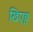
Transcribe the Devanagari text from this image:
खिएङ्ग